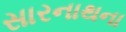
સારનાથના